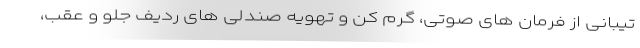
تیبانی از فرمان های صوتی، گرم کن و تهویه صندلی های ردیف جلو و عقب،